Annual administration report of the Civil Veterinary Department, Ajmere-Merwara, British Rajputana - 1914-1940
Year: 1914
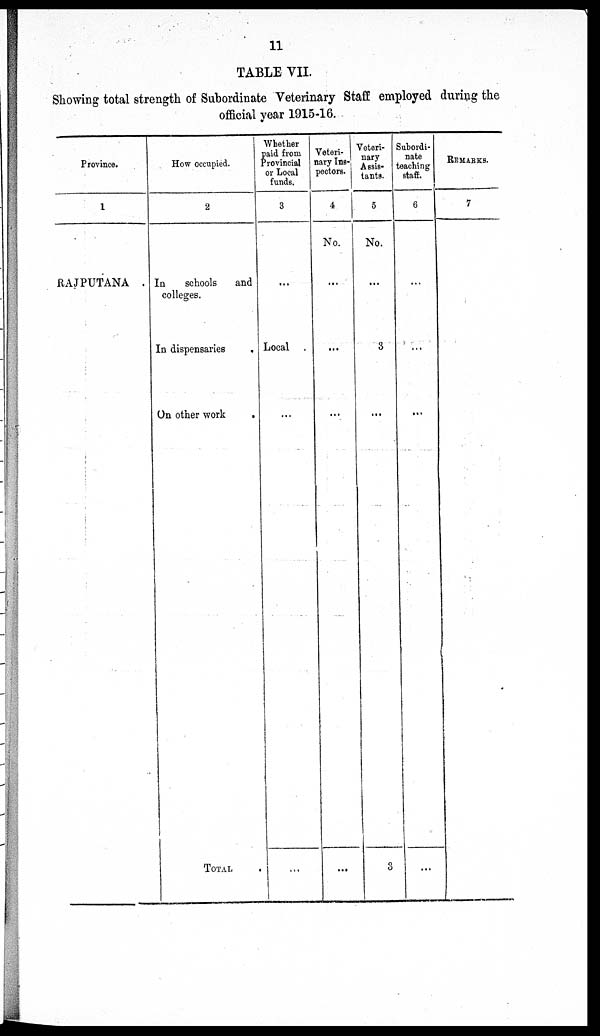
11
TABLE VII.
Showing total strength of Subordinate Veterinary Staff employed during the
official year 1915-16.
Province.
1
RAJPUTANA .
How occupied.
2
In
schools
and
colleges.
In dispensaries
On other work
.
TOTAL
Whether
paid from
Provincial
or Local
funds.
3
...
Local
...
Veteri-
nary Ins-
pectors.
4
No.
...
...
...
...
Veteri-
nary
Assis-
tants.
5
No.
...
3
...
3
Subordi-
nate
teaching
staff.
6
...
...
...
...
REMARKS.
7